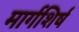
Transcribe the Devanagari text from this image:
मार्गशिर्ष